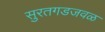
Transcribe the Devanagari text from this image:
सुरतगडजवळ